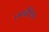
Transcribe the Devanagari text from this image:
एमबी१००